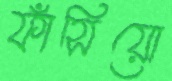
ফাঁসিয়ো